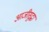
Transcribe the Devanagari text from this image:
आजीसुद्धा